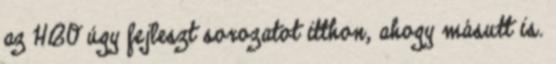
az HBO úgy fejleszt sorozatot itthon, ahogy másutt is.